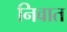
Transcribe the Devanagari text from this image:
निवात